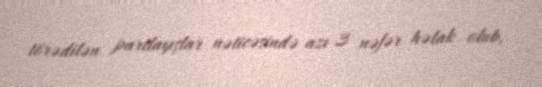
törədilən partlayışlar nəticəsində azı 3 nəfər həlak olub.